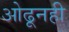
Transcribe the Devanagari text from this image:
ओढूनही